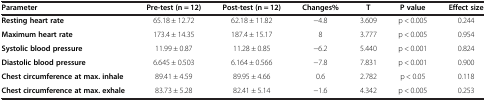
| Parameter | Pre-test (n = 12) | Post-test (n = 12) | Changes% | T | P value | Effect size |
 | --- | --- | --- | --- | --- | --- | --- |
 | Resting heart rate | 65.18 ± 12.72 | 62.18 ± 11.82 | −4.8 | 3.609 | p < 0.005 | 0.244 |
 | Maximum heart rate | 173.4 ± 14.35 | 187.4 ± 15.17 | 8 | 3.777 | p < 0.005 | 0.954 |
 | Systolic blood pressure | 11.99 ± 0.87 | 11.28 ± 0.85 | −6.2 | 5.440 | p < 0.001 | 0.824 |
 | Diastolic blood pressure | 6.645 ± 0.503 | 6.164 ± 0.566 | −7.8 | 7.831 | p < 0.001 | 0.900 |
 | Chest circumference at max. inhale | 89.41 ± 4.59 | 89.95 ± 4.66 | 0.6 | 2.782 | p < 0.05 | 0.118 |
 | Chest circumference at max. exhale | 83.73 ± 5.28 | 82.41 ± 5.14 | −1.6 | 4.342 | p < 0.005 | 0.253 |